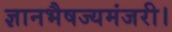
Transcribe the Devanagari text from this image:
ज्ञानभैषज्यमंजरी।